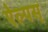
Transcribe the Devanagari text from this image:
ऐल्पस्